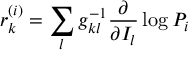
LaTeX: r _ { k } ^ { ( i ) } = \sum _ { l } g _ { k l } ^ { - 1 } \frac { \partial } { \partial I _ { l } } \log P _ { i }